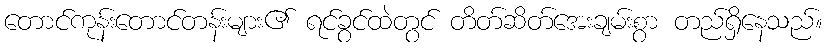
တောင်ကုန်းတောင်တန်းများ၏ ရင်ခွင်ထဲတွင် တိတ်ဆိတ်အေးချမ်းစွာ တည်ရှိနေသည်။